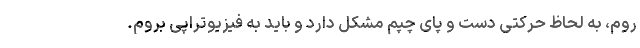
روم، به لحاظ حرکتی دست و پای چپم مشکل دارد و باید به فیزیوتراپی بروم.